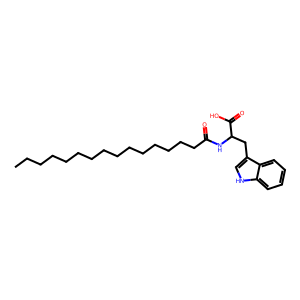
SMILES: CCCCCCCCCCCCCCCC(=O)NC(Cc1c[nH]c2ccccc12)C(=O)O
Inhibits HIV replication: No